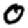
Digit: 0